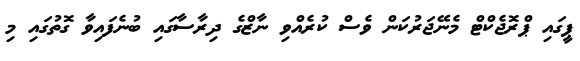
ޕީގައި ޕްރޮޖެކްޓް މެނޭޖަރުކަން ވެސް ކުރެއްވި ނާޒްގެ ދިރާސާގައި ބުނެފައިވާ ގޮތުގައި މި